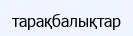
тарақбалықтар